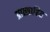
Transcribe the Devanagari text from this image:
प्रात्साहित